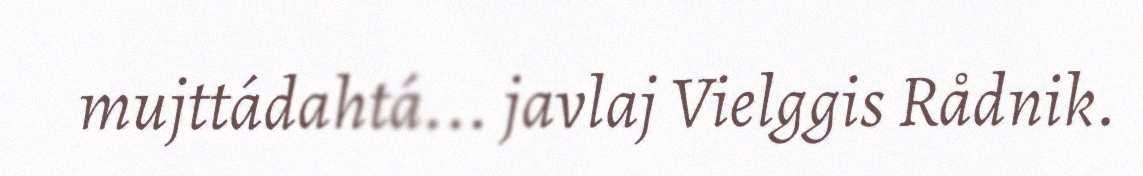
mujttádahtá... javlaj Vielggis Rådnik.